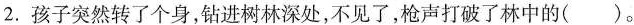
2.孩子突然转了个身，钻进树林深处，不见了，枪声打破了林中的()。